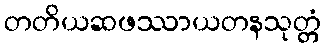
တတိယဆဖဿာယတနသုတ္တံ